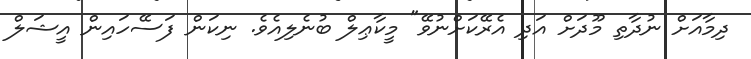
ދިމާއަށް ނުދާތި މޫދަށް އަދި އެރޭކަށްނުވޭ" މީކާޢިލް ބުނެލިއެވެ. ނިކަން ފަސޭހައިން އީޝަލް